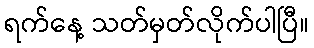
ရက်နေ့ သတ်မှတ်လိုက်ပါပြီ။